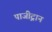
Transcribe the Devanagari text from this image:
पाजी़ट्रान